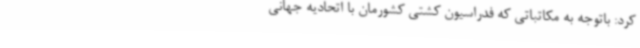
کرد: باتوجه به مکاتباتی که فدراسیون کشتی کشورمان با اتحادیه جهانی